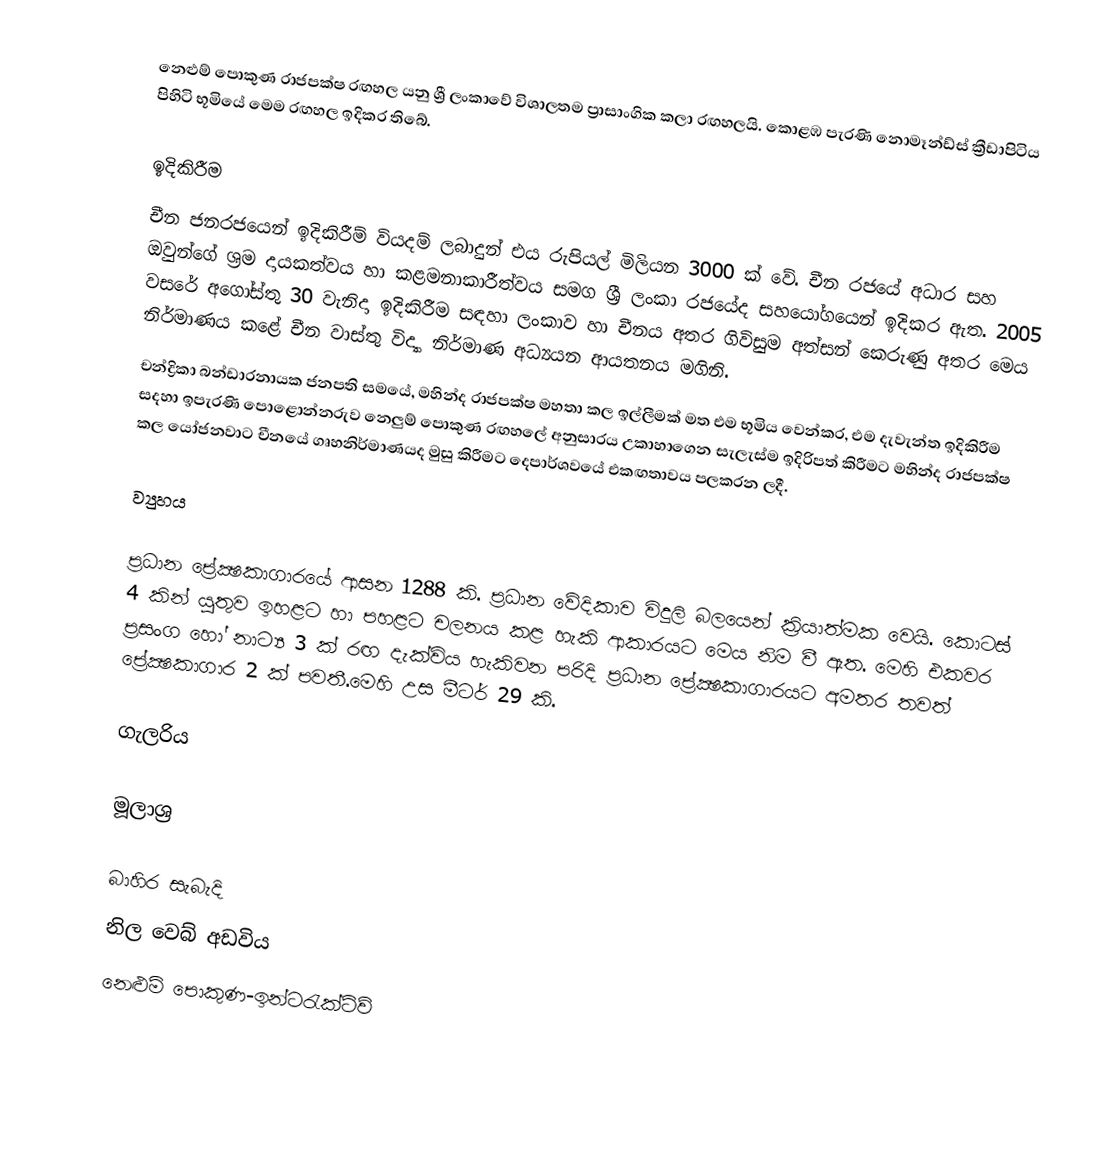
නෙළුම් පොකුණ රාජපක්ෂ රඟහල යනු ශ්‍රී ලංකාවේ විශාලතම ප්‍රාසාංගික කලා රඟහලයි. කොළඹ පැරණි නොමෑන්ඩ්ස් ක්‍රීඩාපිටිය පිහිටි භූමියේ මෙම රඟහල ඉදිකර තිබේ.

ඉදිකිරීම
චීන ජනරජයෙන් ඉදිකිරීම් වියදම් ලබාදුන් එය රුපියල් මිලියන 3000 ක් වේ. චීන රජයේ අධාර සහ ඔවුන්ගේ ශ්‍රම දායකත්වය හා කළමනාකාරීත්වය සමග ශ්‍රී ලංකා රජයේද සහයෝගයෙන් ඉදිකර ඇත.  2005 වසරේ අගෝස්තු 30 වැනිදා ඉදිකිරීම සඳහා ලංකාව හා චීනය අතර ගිවිසුම අත්සන් කෙරුණු අතර මෙය නිර්මාණය කළේ චීන වාස්තු විද්‍යා නිර්මාණ අධ්‍යයන ආයතනය මගිනි.
චන්ද්‍රිකා බන්ඩාරනායක ජනපති සමයේ, මහින්ද රාජපක්ෂ මහතා කල ඉල්ලීමක් මත එම භූමිය වෙන්කර, එම දැවැන්ත ඉදිකිරීම සදහා ඉපැරණි පොළොන්නරුව නෙලුම් පොකුණ රඟහලේ අනුසාරය උකාහාගෙන සැලැස්ම ඉදිරිපත් කිරීමට මහින්ද රාජපක්ෂ කල යෝජනවාට චීනයේ ගෘහනිර්මාණයද මුසු කිරීමට දෙපාර්ශවයේ එකඟතාවය පලකරන ලදී.

ව්‍යුහය

ප්‍රධාන ප්‍රේක්‍ෂකාගාරයේ ආසන 1288 කි.  ප්‍රධාන වේදිකාව විදුලි බලයෙන් ක්‍රියාත්මක වෙයි. කොටස් 4 කින් යුතුව ඉහළට හා පහළට චලනය කළ හැකි ආකාරයට මෙය නිම වී ඇත. මෙහි එකවර ප්‍රසංග හෝ නාට්‍ය 3 ක් රඟ දැක්විය හැකිවන පරිදි ප්‍රධාන ප්‍රේක්‍ෂකාගාරයට අමතර තවත් ප්‍රේක්‍ෂකාගාර 2 ක් පවතී.මෙහි උස මීටර් 29 කි.

ගැලරිය

මූලාශ්‍ර

බාහිර සැබැදි
 නිල වෙබ් අඩවිය
 නෙළුම් පොකුණ-ඉන්ටරැක්ටිව්